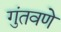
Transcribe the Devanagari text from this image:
गुंतवणे